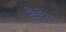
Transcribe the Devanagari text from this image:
केंवेल